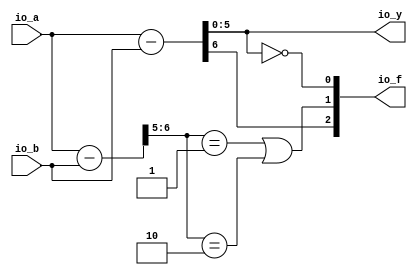
module ALU( // @[:@3.2]
  input  [5:0] io_a, // @[:@6.4]
  input  [5:0] io_b, // @[:@6.4]
  output [5:0] io_y, // @[:@6.4]
  output [2:0] io_f // @[:@6.4]
);
  wire [5:0] _T_24; // @[ALU.scala 27:25:@19.6]
  wire [5:0] _T_25; // @[ALU.scala 27:40:@20.6]
  wire [6:0] _T_28; // @[ALU.scala 30:26:@28.8]
  wire [6:0] arith_result; // @[ALU.scala 30:26:@29.8]
  wire [6:0] sext_result; // @[ALU.scala 31:32:@33.8]
  wire  flag_zero; // @[ALU.scala 47:21:@64.4]
  wire [1:0] _T_44; // @[ALU.scala 50:32:@66.4]
  wire  _T_46; // @[ALU.scala 50:43:@67.4]
  wire  _T_49; // @[ALU.scala 50:81:@69.4]
  wire  flag_overflow; // @[ALU.scala 50:56:@70.4]
  wire  flag_carry; // @[ALU.scala 51:29:@72.4]
  wire [1:0] _T_52; // @[Cat.scala 30:58:@74.4]
  assign _T_24 = $signed(io_a); // @[ALU.scala 27:25:@19.6]
  assign _T_25 = $signed(io_b); // @[ALU.scala 27:40:@20.6]
  assign _T_28 = io_a - io_b; // @[ALU.scala 30:26:@28.8]
  assign arith_result = $unsigned(_T_28); // @[ALU.scala 30:26:@29.8]
  assign sext_result = $signed(_T_24) - $signed(_T_25); // @[ALU.scala 31:32:@33.8]
  assign flag_zero = io_y == 6'h0; // @[ALU.scala 47:21:@64.4]
  assign _T_44 = sext_result[6:5]; // @[ALU.scala 50:32:@66.4]
  assign _T_46 = _T_44 == 2'h1; // @[ALU.scala 50:43:@67.4]
  assign _T_49 = _T_44 == 2'h2; // @[ALU.scala 50:81:@69.4]
  assign flag_overflow = _T_46 | _T_49; // @[ALU.scala 50:56:@70.4]
  assign flag_carry = arith_result[6]; // @[ALU.scala 51:29:@72.4]
  assign _T_52 = {flag_carry,flag_overflow}; // @[Cat.scala 30:58:@74.4]
  assign io_y = arith_result[5:0]; // @[ALU.scala 28:10:@23.6 ALU.scala 32:10:@35.8 ALU.scala 34:10:@41.10 ALU.scala 36:10:@47.12 ALU.scala 38:10:@53.14 ALU.scala 40:10:@59.16 ALU.scala 42:10:@62.16]
  assign io_f = {_T_52,flag_zero}; // @[ALU.scala 53:8:@76.4]
endmodule
module Compare( // @[:@78.2]
  input        clock, // @[:@79.4]
  input        reset, // @[:@80.4]
  input  [5:0] io_x, // @[:@81.4]
  input  [5:0] io_y, // @[:@81.4]
  output       io_ug, // @[:@81.4]
  output       io_ul, // @[:@81.4]
  output       io_eq, // @[:@81.4]
  output       io_sg, // @[:@81.4]
  output       io_sl // @[:@81.4]
);
  wire [5:0] alu_io_a; // @[Compare.scala 20:19:@83.4]
  wire [5:0] alu_io_b; // @[Compare.scala 20:19:@83.4]
  wire [5:0] alu_io_y; // @[Compare.scala 20:19:@83.4]
  wire [2:0] alu_io_f; // @[Compare.scala 20:19:@83.4]
  wire  _T_21; // @[Compare.scala 25:12:@91.4]
  wire  _T_22; // @[Compare.scala 25:30:@92.4]
  wire  _T_23; // @[Compare.scala 25:21:@93.4]
  wire  _T_29; // @[Compare.scala 27:31:@101.4]
  wire  _T_30; // @[Compare.scala 27:22:@102.4]
  wire  _T_31; // @[Compare.scala 27:49:@103.4]
  wire  _T_32; // @[Compare.scala 27:39:@104.4]
  wire  _T_37; // @[Compare.scala 28:38:@110.4]
  ALU alu ( // @[Compare.scala 20:19:@83.4]
    .io_a(alu_io_a),
    .io_b(alu_io_b),
    .io_y(alu_io_y),
    .io_f(alu_io_f)
  );
  assign _T_21 = ~ io_eq; // @[Compare.scala 25:12:@91.4]
  assign _T_22 = alu_io_f[2]; // @[Compare.scala 25:30:@92.4]
  assign _T_23 = ~ _T_22; // @[Compare.scala 25:21:@93.4]
  assign _T_29 = alu_io_y[5]; // @[Compare.scala 27:31:@101.4]
  assign _T_30 = ~ _T_29; // @[Compare.scala 27:22:@102.4]
  assign _T_31 = alu_io_f[1]; // @[Compare.scala 27:49:@103.4]
  assign _T_32 = _T_30 ^ _T_31; // @[Compare.scala 27:39:@104.4]
  assign _T_37 = _T_29 ^ _T_31; // @[Compare.scala 28:38:@110.4]
  assign io_ug = _T_21 & _T_23; // @[Compare.scala 25:9:@95.4]
  assign io_ul = _T_21 & _T_22; // @[Compare.scala 26:9:@99.4]
  assign io_eq = alu_io_f[0]; // @[Compare.scala 24:9:@90.4]
  assign io_sg = _T_21 & _T_32; // @[Compare.scala 27:9:@106.4]
  assign io_sl = _T_21 & _T_37; // @[Compare.scala 28:9:@112.4]
  assign alu_io_a = io_x; // @[Compare.scala 21:12:@86.4]
  assign alu_io_b = io_y; // @[Compare.scala 22:12:@87.4]
endmodule